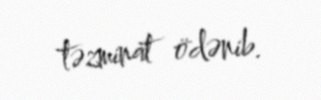
təzminat ödənib.